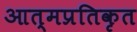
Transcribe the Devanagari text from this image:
आत्मप्रतिकृत